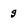
Character: g